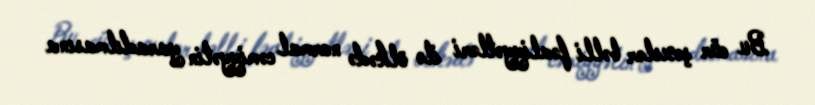
Bu cür şəxslər bəlli fəaliyyətləri ilə ölkədə normal cəmiyyətin yaradılmasına